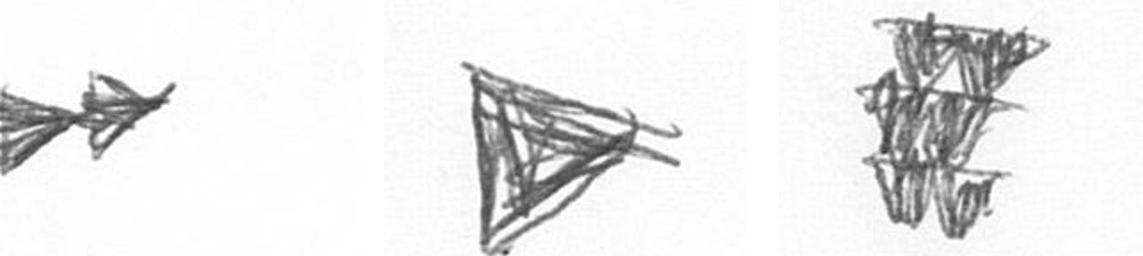
A T Y